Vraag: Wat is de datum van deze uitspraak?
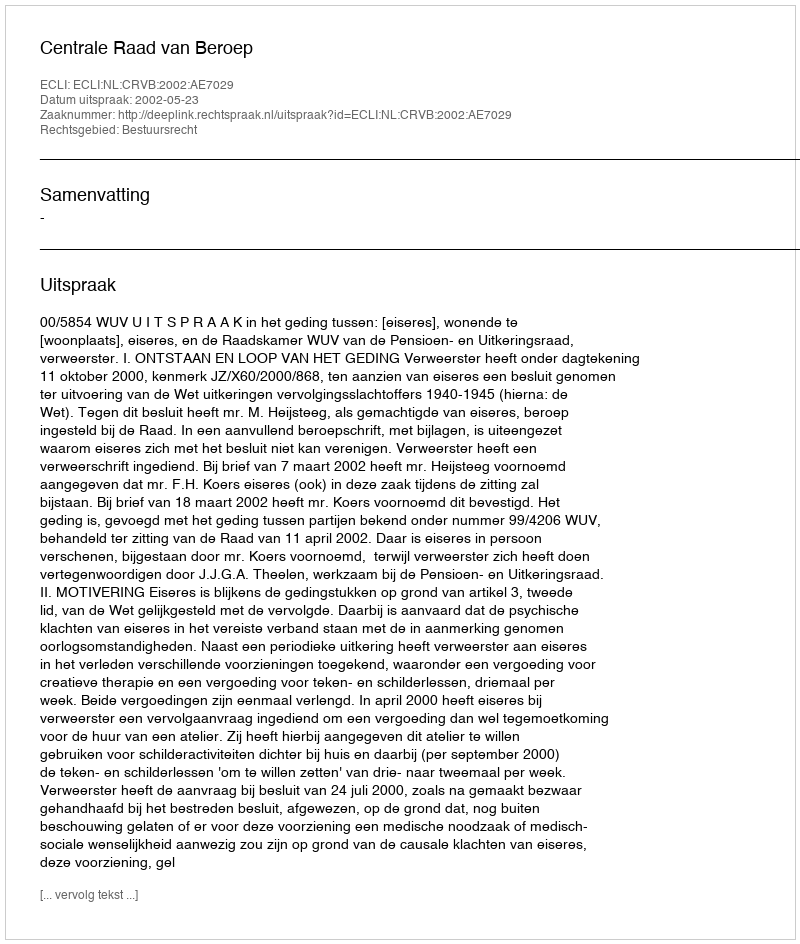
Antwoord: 2002-05-23